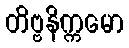
တိဗ္ဗနိက္ကမော